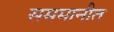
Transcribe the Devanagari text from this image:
सममानीत